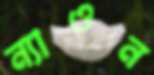
ন্যাওন